Vaccine operations Central Provinces & Berar 1922-1929 - 1922-1929
Year: 1922
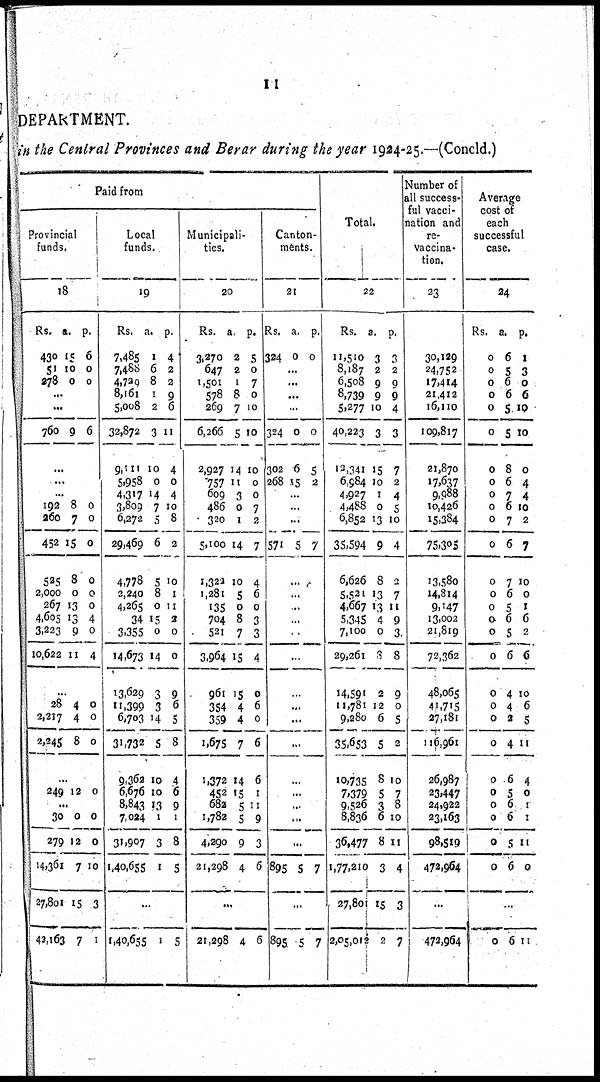
11
DEPARTMENT.
in the Central Provinces and Berar during the year 1924-25.—(Concld.)
Paid from
Provincial
funds.
18
Rs.
430
51
278
a.
15
10
0
p.
6
0
0
...
...
760 9 6
...
...
...
192
260
452
525
2,000
267
4,605
3,223
10,622
8
7
15
8
0
13
13
9
11
0
0
0
0
0
0
4
0
4
...
28
2,217
2,245
4
4
8
0
0
0
...
249 12 0
...
30
279
14,361
27,801
42,163
0
12
7
15
7
0
0
10
3
1
Local
funds.
19
Rs.
7,485
7,488
4,729
8,161
5,008
32,872
9,111
5,958
4,317
3,809
6,272
29,469
4,778
2,240
4,265
34
3,355
14,673
13,629
11,399
6,703
31,732
9,362
6,676
8,843
7,024
31,907
1,40,655
a.
1
6
8
1
2
3
10
0
14
7
5
6
5
8
0
15
0
14
3
3
14
5
10
10
13
1
3
1
p.
4
2
2
9
6
11
4
0
4
10
8
2
10
1
11
2
0
0
9
6
5
8
4
6
9
1
8
5
...
1,40,655 1 5
Municipali-
ties.
20
Rs.
3,270
647
1,501
578
269
6,266
2,927
757
609
486
320
5,100
1,322
1,281
135
704
521
3,964
961
354
359
1,675
1,372
452
682
1,782
4,290
21,298
a.
2
2
1
8
7
5
14
11
3
0
1
14
10
5
0
8
7
15
15
4
4
7
14
15
5
5
9
4
p.
5
0
7
0
10
10
10
0
0
7
2
7
4
6
0
3
3
4
0
6
0
6
6
1
11
9
3
6
...
21,298 4 6
Canton-
-ents.
21
Rs.
324
a.
0
p.
0
...
...
...
...
324
302
268
0
6
15
0
5
2
...
...
...
571 5 7
...
...
...
...
...
...
...
...
...
...
...
...
...
...
...
895 5 7
...
895 5 7
Total.
22
Rs.
11,510
8,187
6,508
8,739
5,277
40,223
12,341
6,984
4,927
4,488
6,852
35,594
6,626
5,521
4,667
5,345
7,100
29,261
14,591
11,781
9,280
35,653
10,735
7,379
9,526
8,836
36,477
1,77,210
27,801
2,05,012
a.
3
2
9
9
10
3
15
10
1
0
13
9
8
13
13
4
0
3
2
12
6
5
8
5
3
6
8
3
15
2
p.
3
2
9
9
4
3
7
2
4
5
10
4
2
7
11
9
3
8
9
0
5
2
10
7
8
10
11
4
3
7
Number of
all success-
ful vacci-
nation and
re¬
Vaccina-
tion.
23
30,129
24,752
17,414
21,412
16,110
109,817
21,870
17,637
9,988
10,426
15,384
75,305
13,580
14,814
9,147
13,002
21,819
72,362
48,065
41,715
27,181
116,961
26,987
23,447
24,922
23,163
98,519
472,964
...
472,964
Average
cost or
each
successful
case.
24
Rs.
0
0
0
0
0
0
0
0
0
0
0
0
0
0
0
0
0
0
0
0
0
0
0
0
0
0
0
0
a.
6
5
6
6
5
5
8
6
7
6
7
6
7
6
5
6
5
6
4
4
2
4
6
5
6
6
5
6
p.
1
3
0
6
10
10
0
4
4
10
2
7
10
0
1
6
2
6
10
6
5
11
4
0
1
1
11
0
...
0 6 11